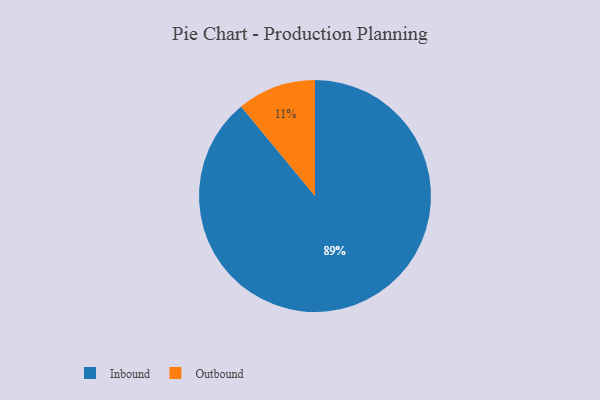
{"axis": {"x": "Category", "y": "Percentage"}, "legend": ["Inbound", "Outbound"], "data": [{"x": "Inbound", "y": 89, "type": "Inbound"}, {"x": "Outbound", "y": 11, "type": "Outbound"}]}